Elephants and their diseases
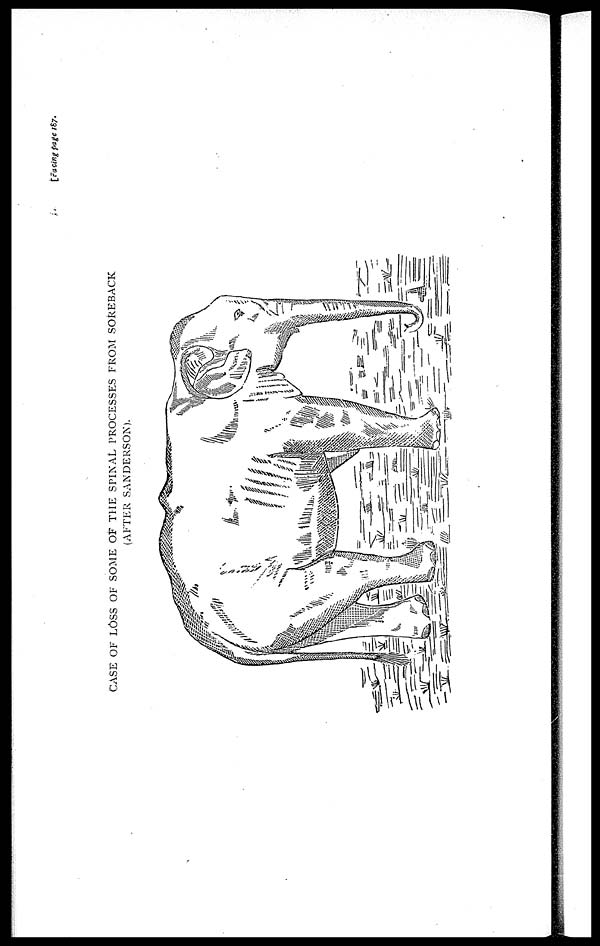
[Facing page 187.
CASE OF LOSS OF SOME OF THE SPINAL PROCESSES FROM SOREBACK
(AFTER
SANDERSON).